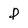
Character: p